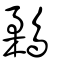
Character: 鶔